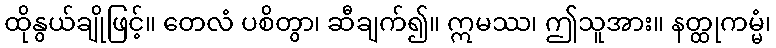
ထိုနွယ်ချိုဖြင့်။ တေလံ ပစိတွာ၊ ဆီချက်၍။ ဣမဿ၊ ဤသူအား။ နတ္ထုကမ္မံ၊